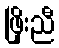
ဖြိုးညီ